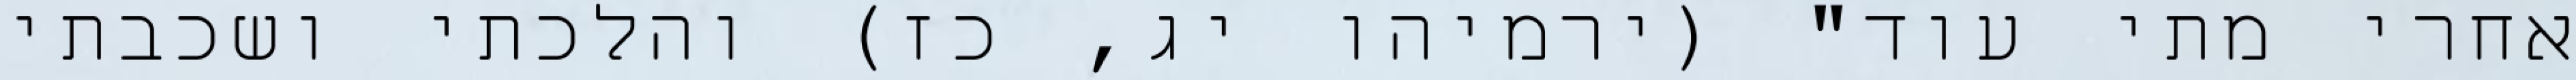
אחרי מתי עוד" (ירמיהו יג, כז) והלכתי ושכבתי